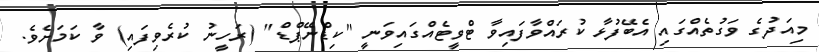
މިއަދުގެ ވަގުތެއްގައި އެބޭފުޅާ ކުރައްވާފައިވާ ޓްވީޓެއްގައިވަނީ "ކިޑްނޭޕްޑް" (ރަހީނު ކުރެވިފައި) ވާ ކަމަށެވެ.